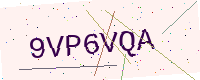
Text: 9VP6VQA